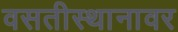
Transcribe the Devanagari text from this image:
वसतीस्थानावर